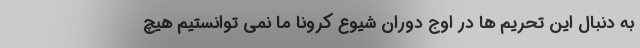
به دنبال این تحریم ها در اوج دوران شیوع کرونا ما نمی توانستیم هیچ